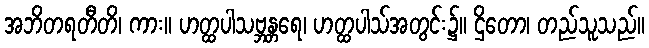
အဘိတရတီတိ၊ ကား။ ဟတ္ထပါသဗ္ဘန္တရေ၊ ဟတ္ထပါသ်အတွင်း၌။ ဌိတော၊ တည်သူသည်။